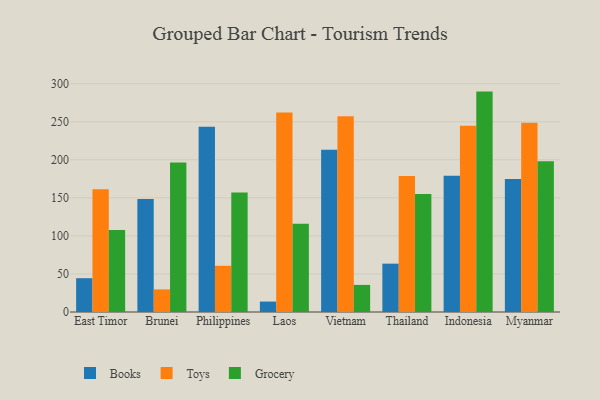
{"axis": {"x": "Country", "y": "Page Views"}, "legend": ["Books", "Grocery", "Toys"], "data": [{"x": "East Timor", "y": 44.4, "type": "Books"}, {"x": "East Timor", "y": 161.2, "type": "Toys"}, {"x": "East Timor", "y": 107.9, "type": "Grocery"}, {"x": "Brunei", "y": 148.4, "type": "Books"}, {"x": "Brunei", "y": 29.7, "type": "Toys"}, {"x": "Brunei", "y": 196.3, "type": "Grocery"}, {"x": "Philippines", "y": 243.4, "type": "Books"}, {"x": "Philippines", "y": 60.7, "type": "Toys"}, {"x": "Philippines", "y": 157.1, "type": "Grocery"}, {"x": "Laos", "y": 13.7, "type": "Books"}, {"x": "Laos", "y": 262.1, "type": "Toys"}, {"x": "Laos", "y": 116.1, "type": "Grocery"}, {"x": "Vietnam", "y": 213.2, "type": "Books"}, {"x": "Vietnam", "y": 257.2, "type": "Toys"}, {"x": "Vietnam", "y": 35.6, "type": "Grocery"}, {"x": "Thailand", "y": 63.5, "type": "Books"}, {"x": "Thailand", "y": 178.8, "type": "Toys"}, {"x": "Thailand", "y": 155.2, "type": "Grocery"}, {"x": "Indonesia", "y": 179.1, "type": "Books"}, {"x": "Indonesia", "y": 244.8, "type": "Toys"}, {"x": "Indonesia", "y": 289.6, "type": "Grocery"}, {"x": "Myanmar", "y": 174.8, "type": "Books"}, {"x": "Myanmar", "y": 248.8, "type": "Toys"}, {"x": "Myanmar", "y": 198.1, "type": "Grocery"}]}